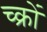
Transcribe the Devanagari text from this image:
च्क्रों